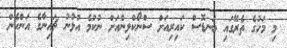
މި މަހުގެ ތެރޭގައި ބަނޑޮސް ކައިރިއަށް ސްނޯކްލިންއަށް ނުކުމެ އުޅުނު ޗައިނާގެ އަންހެން